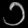
Digit: ၁